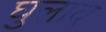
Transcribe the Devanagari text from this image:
घुलाव